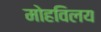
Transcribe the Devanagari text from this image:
मोहविलय